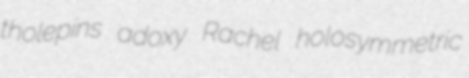
tholepins adoxy Rachel holosymmetric